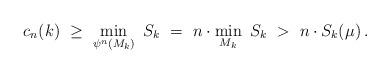
LaTeX: \begin{align*}c_n(k) \ \geq \ \min_{\psi^n(M_k)} \ S_k \ = \ n\cdot \min_{M_k} \ S_k \ >\ n\cdot S_k(\mu)\, .\end{align*}